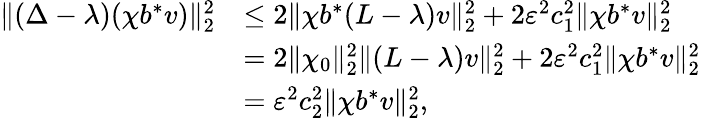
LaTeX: \begin{array}{rl}{\| (\Delta-\lambda)(\chi b^{*}v)\| _{2}^{2}}&{\le 2\| \chi b^{*}(L-\lambda)v\| _{2}^{2}+2\varepsilon^{2}c_{1}^{2}\| \chi b^{*}v\| _{2}^{2}}\\ &{=2\| \chi_{0}\| _{2}^{2}\| (L-\lambda)v\| _{2}^{2}+2\varepsilon^{2}c_{1}^{2}\| \chi b^{*}v\| _{2}^{2}}\\ &{=\varepsilon^{2}c_{2}^{2}\| \chi b^{*}v\| _{2}^{2},}\end{array}